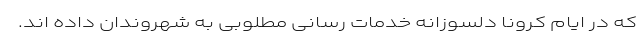
که در ایام کرونا دلسوزانه خدمات رسانی مطلوبی به شهروندان داده اند.